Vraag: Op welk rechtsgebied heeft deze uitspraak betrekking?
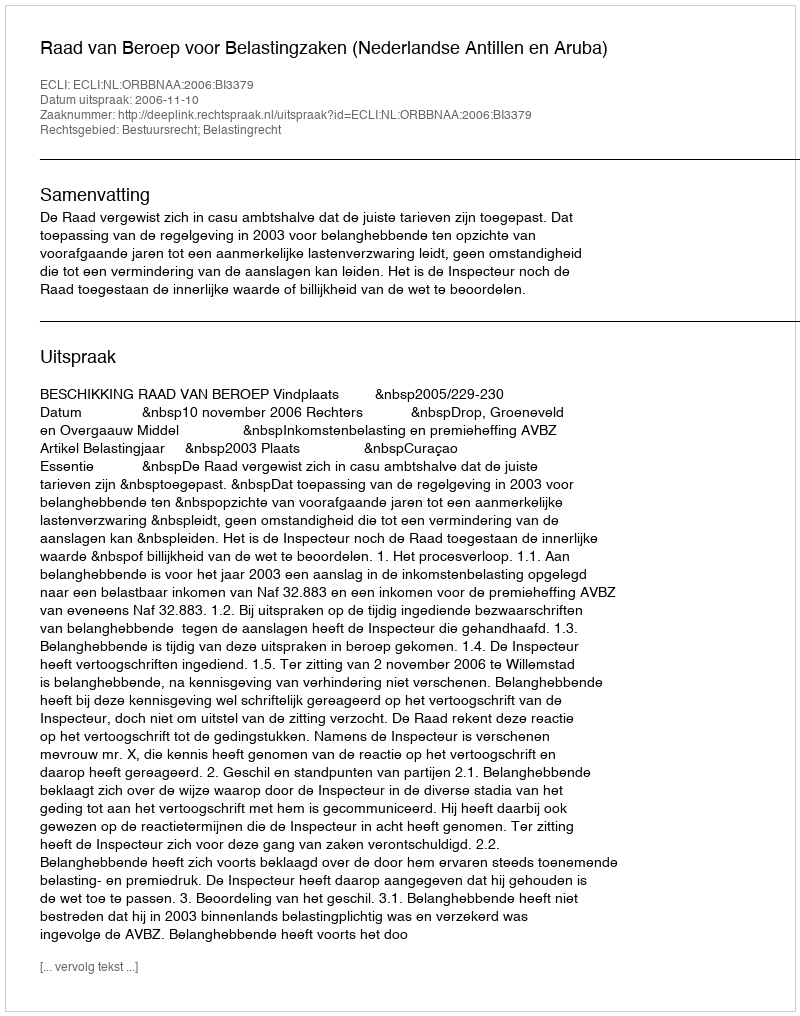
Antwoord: Bestuursrecht; Belastingrecht